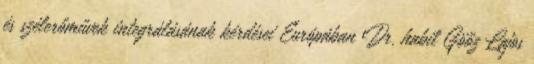
és szélerőművek integrálásának kérdései Európában Dr. habil Göőz Lajos